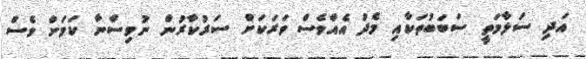
އަދި ސަލާމަތީ ސަބަބުތަކާއި މެދު އެއްވެސް ވަރަކަށް ސަރުކާރުން ނުވިސްނާ ކަމަށް ވެސް